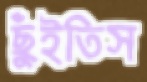
ছুঁইতিস